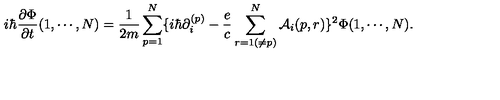
i \hbar { \frac { \partial \Phi } { \partial t } } ( 1 , \cdots , N ) = { \frac { 1 } { 2 m } } \sum _ { p = 1 } ^ { N } \{ i \hbar \partial _ { i } ^ { ( p ) } - { \frac { e } { c } } \sum _ { r = 1 ( \ne p ) } ^ { N } { \cal A } _ { i } ( p , r ) \} ^ { 2 } \Phi ( 1 , \cdots , N ) .